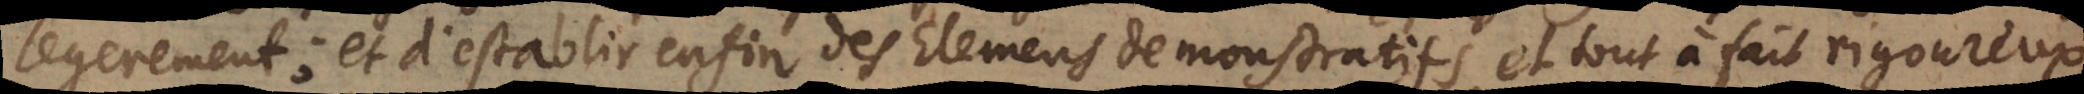
legerement; et d’establir enfin des Elemens demonstratifs, et tout à fait rigoureux